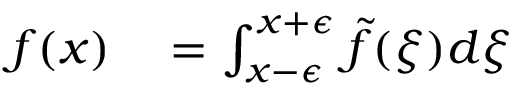
\begin{array} { r l } { f ( x ) } & { { } = \int _ { x - \epsilon } ^ { x + \epsilon } \tilde { f } ( \xi ) d \xi } \end{array}